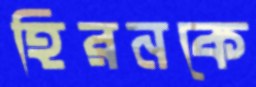
হিরনকে